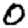
Digit: 0